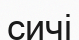
сичі